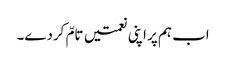
اب ہم پر اپنی نعمتیں تامّ کردے۔